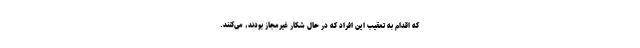
که اقدام به تعقیب این افراد که در حال شکار غیرمجاز بودند، می‌کنند.